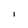
Character: l